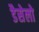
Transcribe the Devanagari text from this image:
डैसेलो